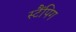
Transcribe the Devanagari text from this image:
स्टैंपिग